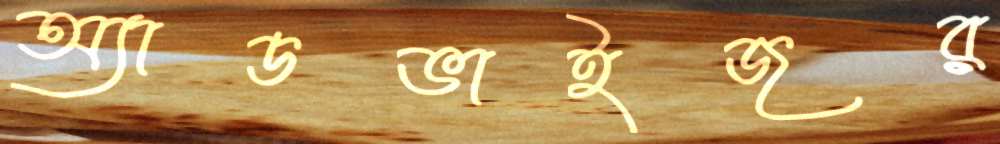
অ্যাডভাইজর